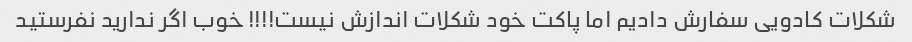
شکلات کادویی سفارش دادیم اما پاکت خود شکلات اندازش نیست!!!! خوب اگر ندارید نفرستید